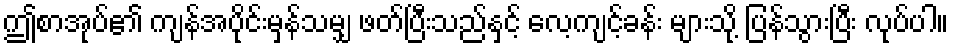
ဤစာအုပ်၏ ကျန်အပိုင်းမှန်သမျှ ဖတ်ပြီးသည်နှင့် လေ့ကျင့်ခန်း များသို့ ပြန်သွားပြီး လုပ်ပါ။